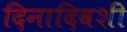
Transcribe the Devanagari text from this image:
दिनादिवशी